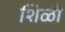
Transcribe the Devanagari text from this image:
शिळी